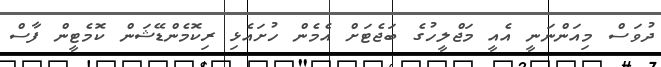
ދުވަސް މިއަންނަނީ އެއީ މަޖްލީހުގެ ބަޖެޓަށް އެމެން ހުށައެޅި ރިކޮމެންޑޭޝަން ކޮމެޓީން ފާސް